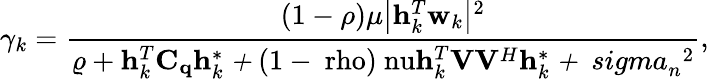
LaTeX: \gamma_{k}=\frac{(1-\rho)\mu\big|\mathbf{h}\mit_{k}^{T}\mathbf{w}\mit_{k}\big|\mathrm{^2}}{\varrho+\mathbf{h}\mit_{k}^{T}\mathbf{C_{q}}\mathbf{h}\mit_{k}^{*}+\mathrm{(1-\ rho)\ nu\mathbf{h}\mit_{k}^{T}\mathbf{V}\mathbf{V}\mit^{H}\mathbf{h}\mit_{k}^{*}+\ sigma\mit_{n}\mathrm{^2}}},